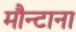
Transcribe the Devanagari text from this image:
मौन्टाना